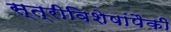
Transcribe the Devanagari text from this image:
स्त्रीविशेषांपैकी